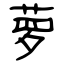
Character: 萝